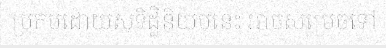
ប្រកបដោយសុទិដ្ឋិនិយមនេះ អាចសម្រេចទៅ